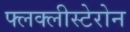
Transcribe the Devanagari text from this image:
फ्लक्लीस्टेरोन